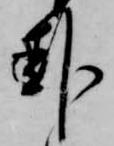
卦